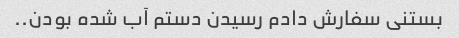
بستنی سفارش دادم رسیدن دستم آب شده بودن..